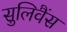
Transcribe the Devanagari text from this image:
सुलिवैंस